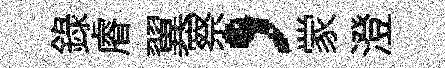
録𥈠翼察，䝉澄